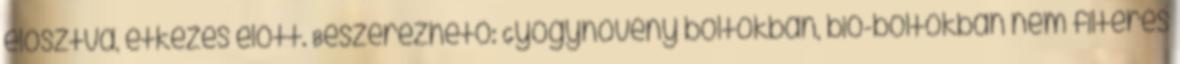
elosztva, étkezés elõtt. Beszerezhetõ: Gyógynövény boltokban, bio-boltokban nem filteres